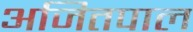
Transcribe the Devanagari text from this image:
अजितपाल